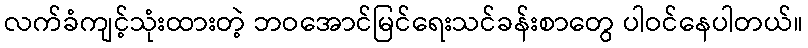
လက်ခံကျင့်သုံးထားတဲ့ ဘဝအောင်မြင်ရေးသင်ခန်းစာတွေ ပါဝင်နေပါတယ်။